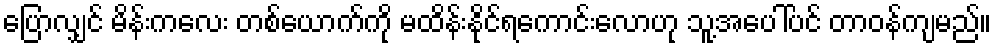
ပြောလျှင် မိန်းကလေး တစ်ယောက်ကို မထိန်းနိုင်ရကောင်းလောဟု သူ့အပေါ်ပင် တာဝန်ကျမည်။